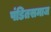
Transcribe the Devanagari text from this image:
पंडितसमाज